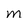
Character: M